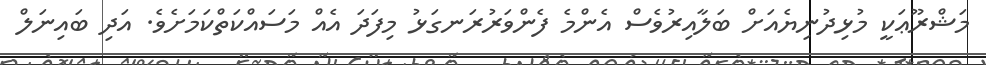
މަޝްރޫޢަކީ މުޅިދުނިޔެއަށް ބަލާއިރުވެސް އެންމެ ފެންވަރުރަނގަޅު މިފަދަ އެއް މަސައްކަތްކަމަށެވެ. އަދި ބައިނަލް